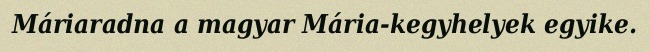
Máriaradna a magyar Mária-kegyhelyek egyike.